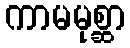
ကာမမုစ္ဆာ